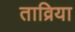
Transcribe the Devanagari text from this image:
ताव्रिया